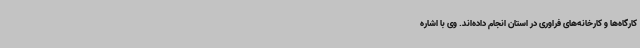
کارگاه‌ها و کارخانه‌های فراوری در استان انجام داده‌اند. وی با اشاره